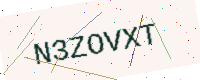
Text: N3ZOVXT